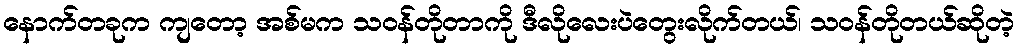
နောက်တခုက ကျတော့ အစ်မက သဝန်တိုတာကို ဒီလိုလေးပဲတွေးလိုက်တယ်၊ သဝန်တိုတယ်ဆိုတဲ့